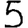
Digit: 5